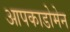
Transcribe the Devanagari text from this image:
आपकाडोमेन